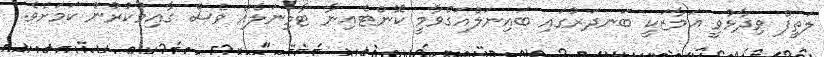
ލަތީފް ވިދާޅުވީ އަމާޒަކީ ބަނދަރުގައި ބައިނަލްއަގްވާމީ ކޮންޓެއިނާ ޓާމިނަލެއް ވެސް ގާއިމުކުރުން ކަމަށެވެ.